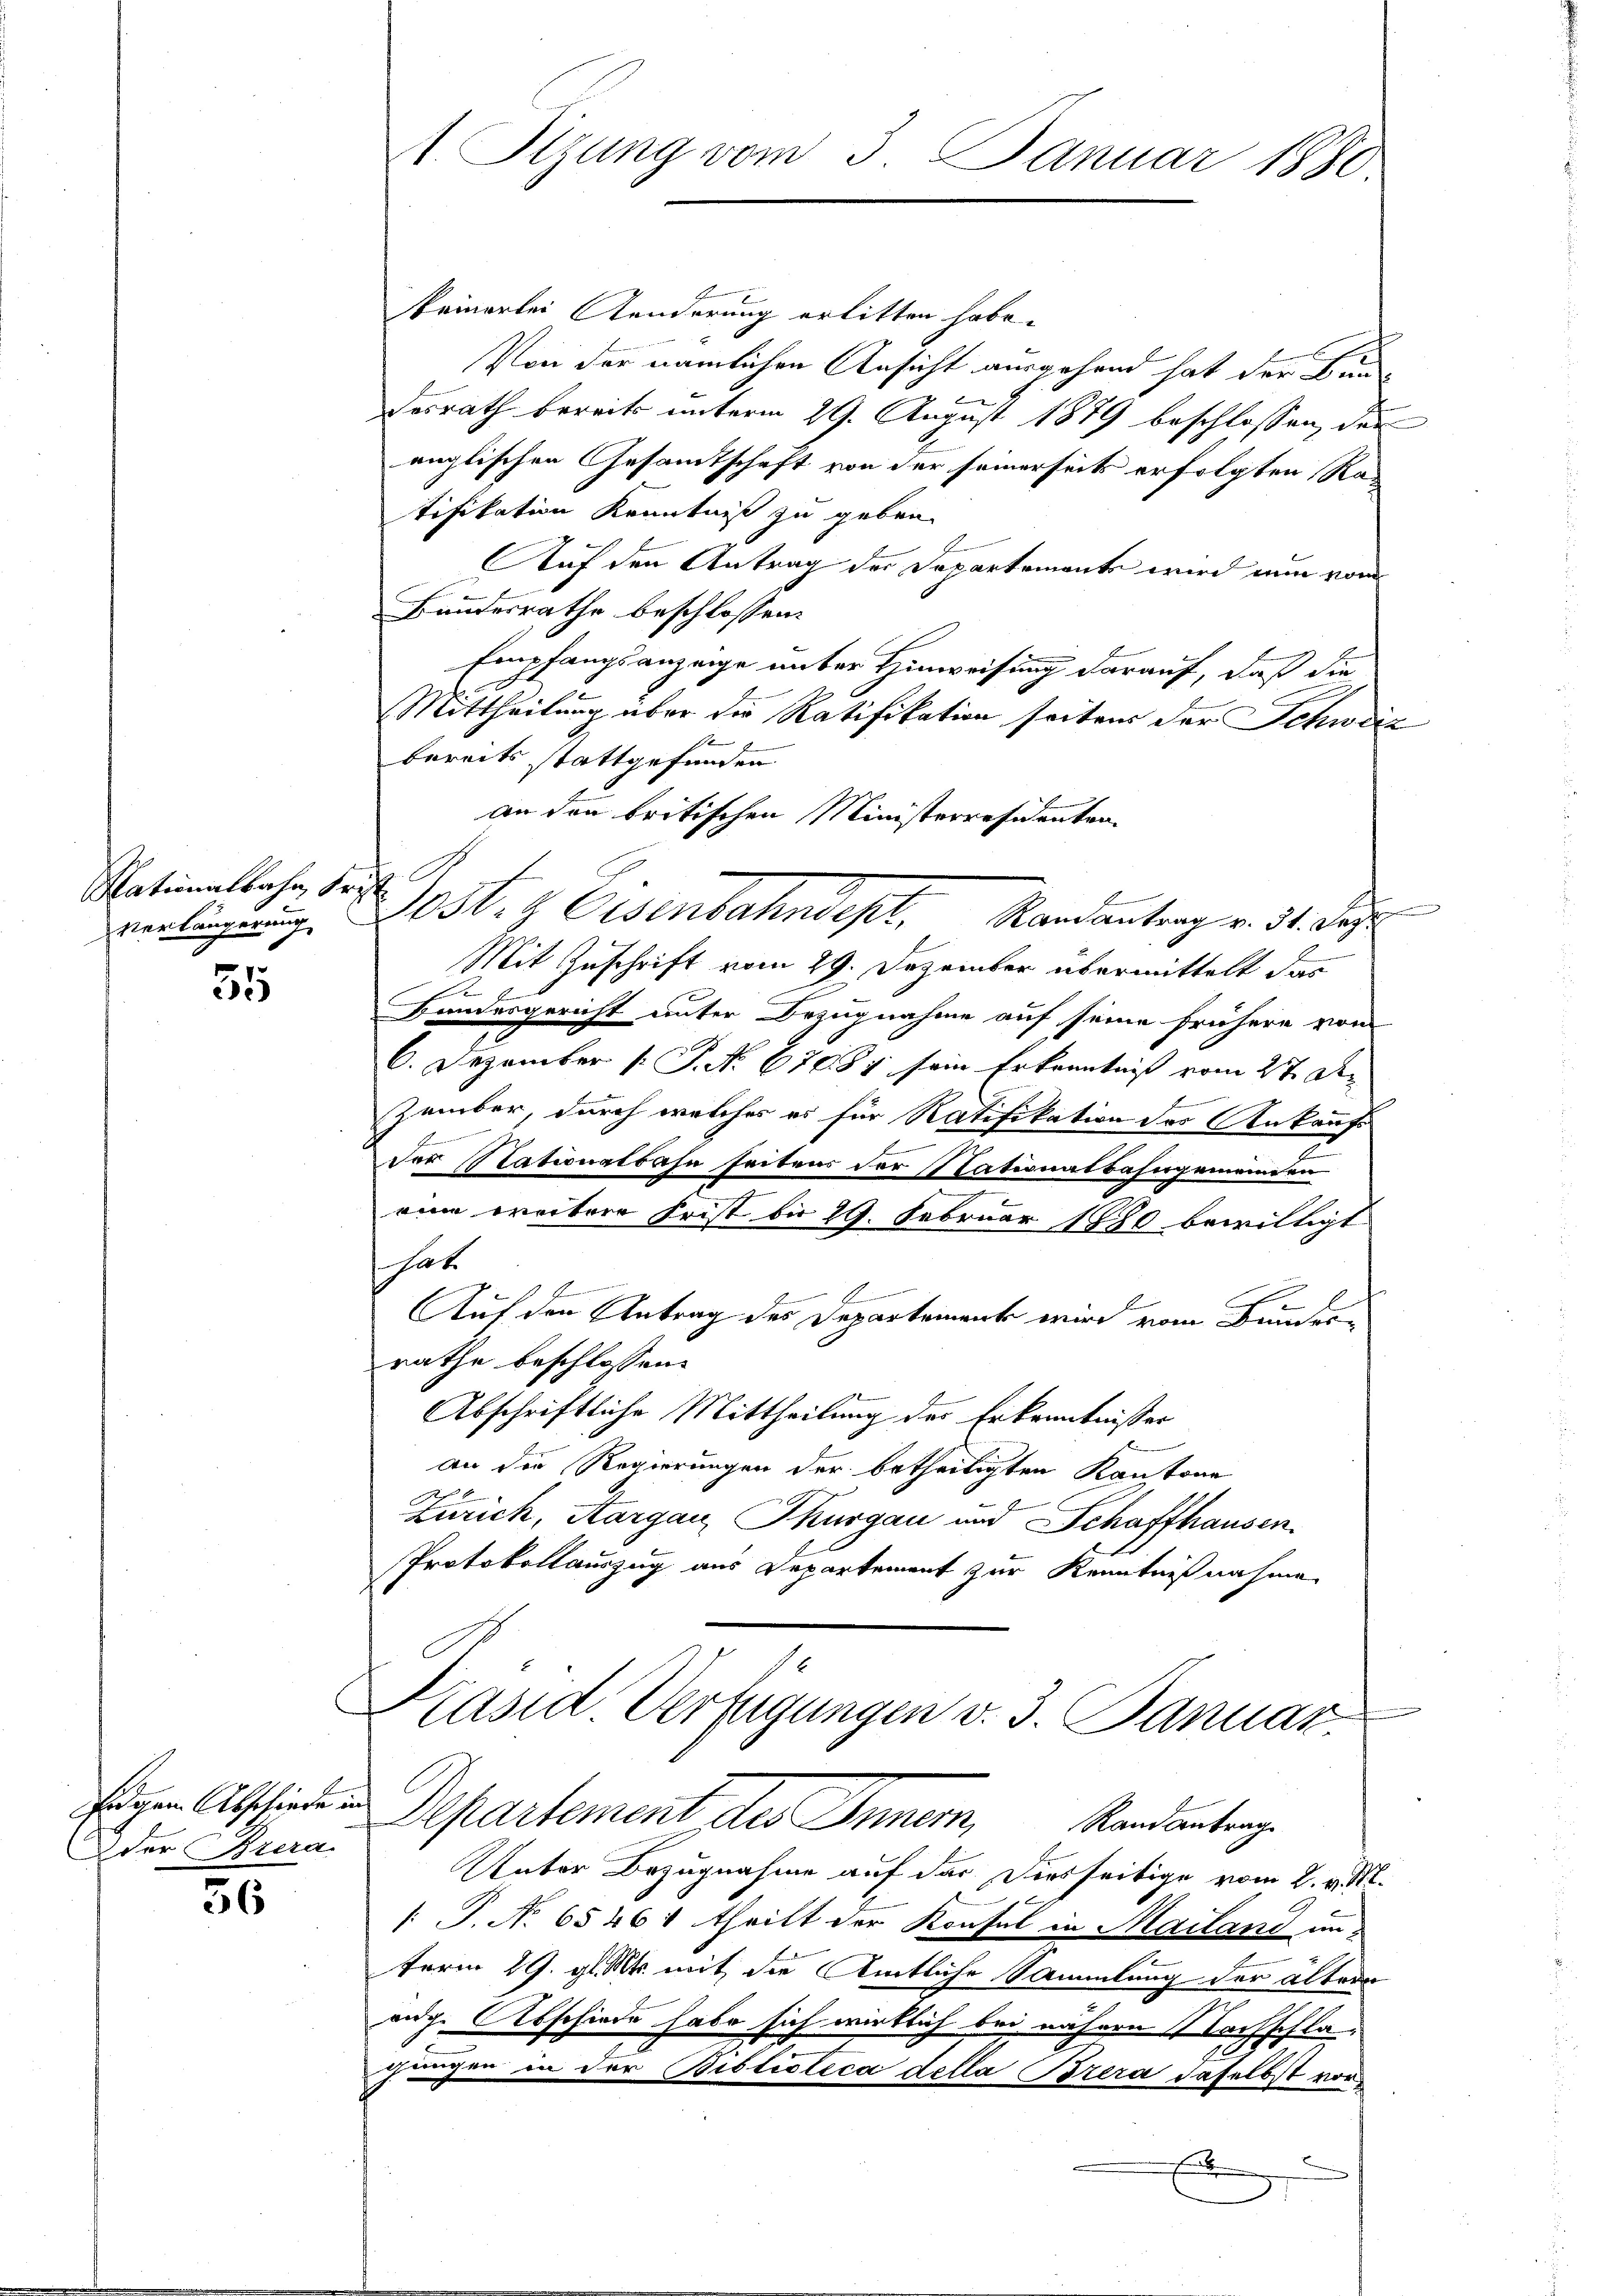
Nationalbahn Frist
verlängerung

55

Eidechen Abschiede und
der Brera

56

keinerlei Anderung erlitten habe.
Von der nämlichen Ansicht ausgehend hat der Bundesrath bereits unterm 29. August 1879 beschlossen, den
englischen Gesamtschaft von der seinerseits erfolgten Ratifikation Kenntniß zu geben.
Auf den Antrag der Departements wird nun vom
Bundesrathe beschlossen:
Empfangsanzeige unter Hinweisung darauf, daß die
Mittheilung über die Ratifikation seiten der Schweiz
16
bereits stattgefunden
an den britischen Ministerresidenten
Mit Zuschrift vom 29. Dezember übermittelt das
2
Bundesgericht unter Bezugnahme auf seine frühere von
6. Dezember [ P. N. 67081 sein Erkenntniß vom 27. Den
.
zember, durch welches es für Ratifikation des Ankaufs

der Stationalbahn seitens der Stationalbahngemeinden
eine weitere Frist bis 29. Februar 1880 bewilligt
hat
Auf den Antrag des Departement wird vom Bundes-
rathe beschlossen:
Abschriftliche Mittheilung der Erkenntnisser
an die Regierungen der betheiligten Kantone
Zürich, Aargau, Thurgau und Schaffhausen.
Protokollauszug aus Departement zur Kenntnißnahme
.
Käsid Verfügungen v. 3. Januar
Departement der Armen,
Randantrag
Unter Bezugnahme auf das Diesseitige vom 2. v. M.
 P. No 65461 theilt der Konsul in Mailand un
term 29. gl. Mts. mit die Amtliche Sammlung der altera
auge Abschiede habe sich wirklich bei nähern Nachschlachungen in der Biblioteca della Brera daselbst vor
E

1. Stzung vom 3. Januar 1880

G

Post. Eisenbahndept. Mandantrag v. 31. Sept